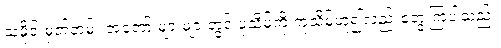
သမိုင်းမှတ်တမ်း အတော် များများတွင် ပုသိမ်ကို ကုသိမ်ဟူ၍လည်းတွေ့ကြပါသည်။